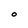
Character: O